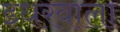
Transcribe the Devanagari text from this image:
इधरवाला